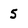
Character: 5